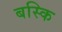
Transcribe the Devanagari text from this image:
बस्कि